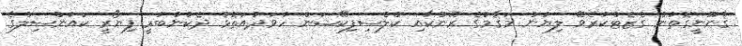
ޤާނޫނީގޮތުން ގެޒެޓްކުރެވޭ ލިޔުން މަޤާމުގެ ރޭންކާއި ކްލެސިފިކޭޝަން ހުވަދުއަތޮޅު ދެކުނުބުރީ ފިޔޯރީ ކައުންސިލްގެ